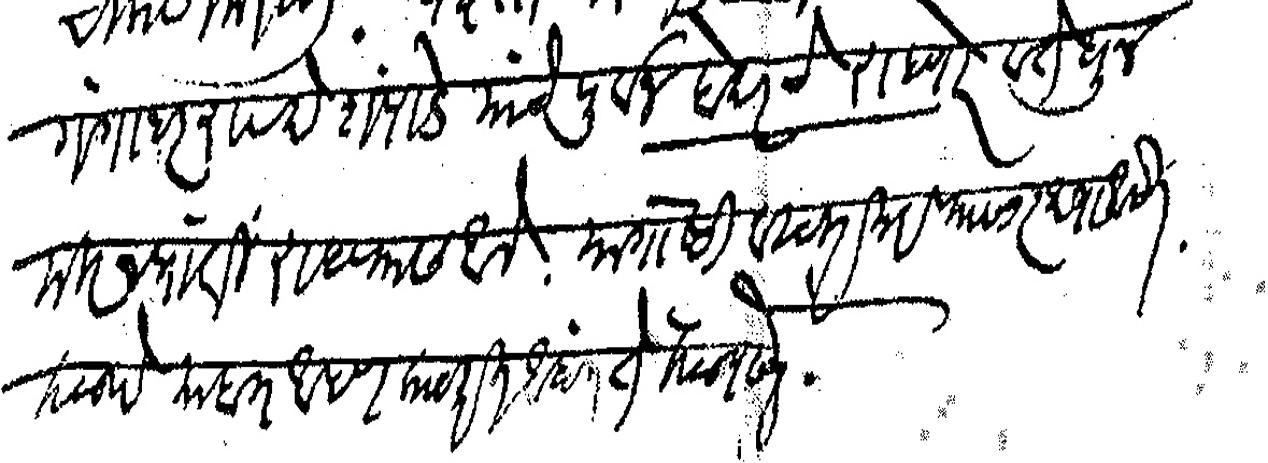
Transliteration (Devanagari): गंगाधरराव देशपांडे यांचेपूर्वज बेदरचे राहणारे व तेथून मिरज प्रांती राहण्यास आले यागोष्टी विचार करण्यासारख्या आहेत कळावे याब आपण काय करीत आहात ते कळवावे